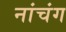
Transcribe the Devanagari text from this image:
नांचंग